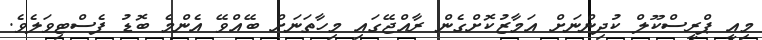
މިއީ ޕްރީސްކޫލް ކުދިންނަށް އަމާޒުކޮށްގެން ރާއްޖޭގައި މިހާތަނަށް ބޭއްވޭ އެންމެ ބޮޑު ފެސްޓިވަލެވެ.